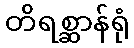
တိရစ္ဆာန်ရုံ